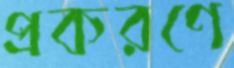
প্রকরণে